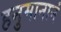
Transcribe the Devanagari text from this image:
हनुमानानं